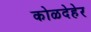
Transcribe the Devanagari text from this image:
कोळदेहेर